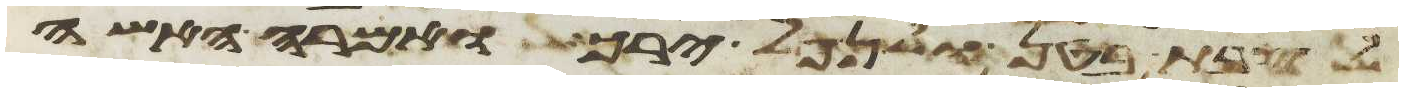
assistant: לצבת בטן ולנפל ירך ואמרה האשה